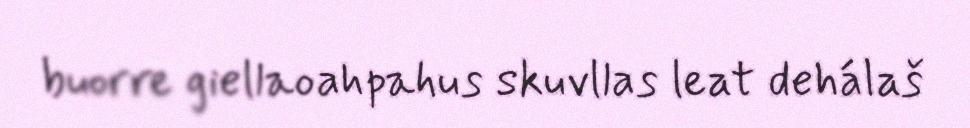
buorre giellaoahpahus skuvllas leat dehálaš